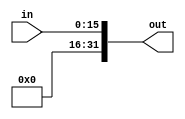
module zero_ext (in ,out);
input [15:0]in;
output[31:0] out;
reg x=16'b0;
assign out={x,in};
endmodule